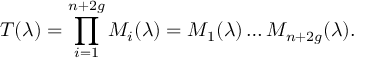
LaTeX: T ( \lambda ) = \prod _ { i = 1 } ^ { n + 2 g } { M _ { i } ( \lambda ) } = M _ { 1 } ( \lambda ) \dots M _ { n + 2 g } ( \lambda ) .